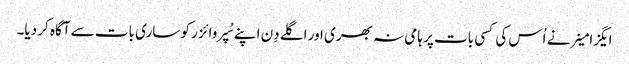
ایگزامینر نے اُس کی کسی بات پر ہامی نہ بھری اور اگلے دِن اپنے سُپروائزر کو ساری بات سے آگاہ کر دیا۔